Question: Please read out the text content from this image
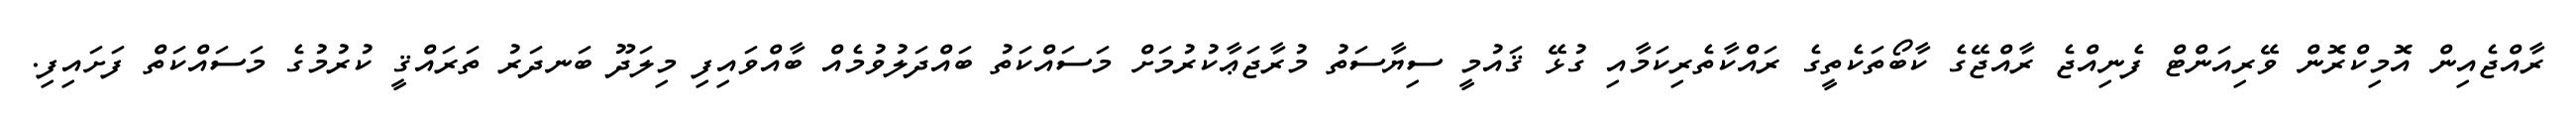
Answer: ރާއްޖެއިން އޮމިކްރޮން ވޭރިއަންޓް ފެނިއްޖެ ރާއްޖޭގެ ކާބޯތަކެތީގެ ރައްކާތެރިކަމާއި ގުޅޭ ޤައުމީ ސިޔާސަތު މުރާޖަޢާކުރުމަށް މަސައްކަތު ބައްދަލުވުމެއް ބާއްވައިފި މިލަދޫ ބަނދަރު ތަރައްޤީ ކުރުމުގެ މަސައްކަތް ފަށައިފި.